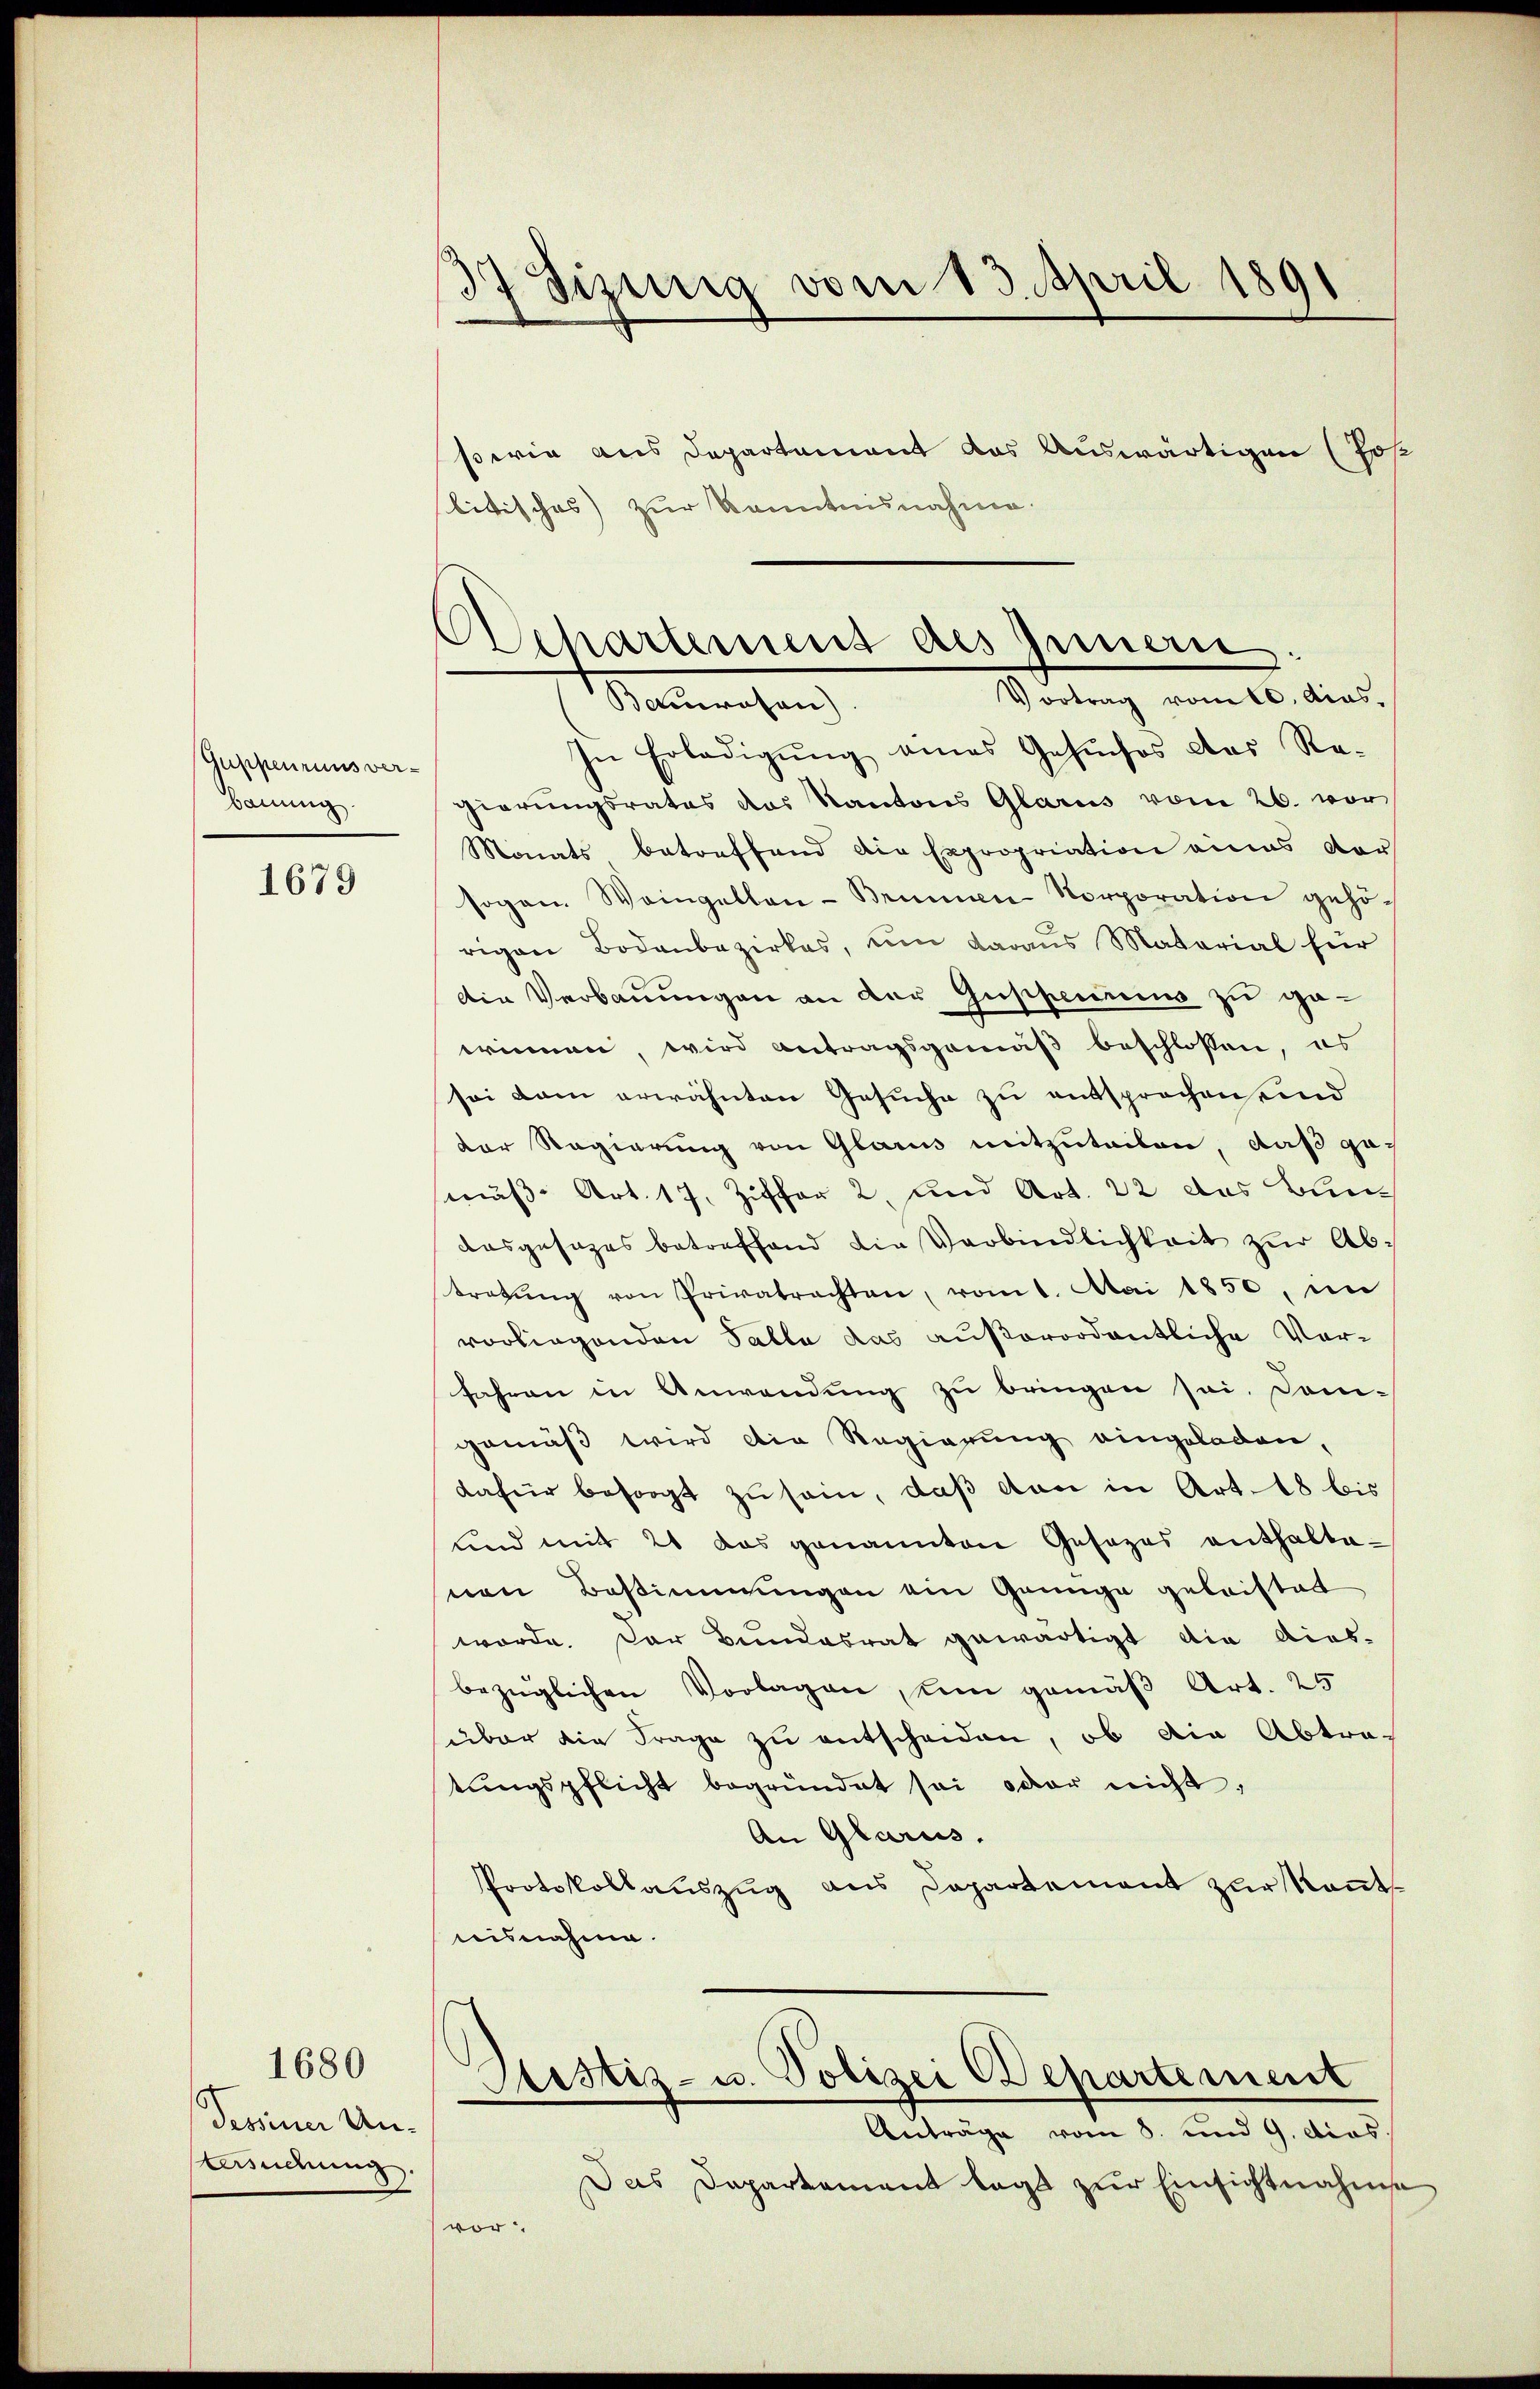
Guppenruns ver-
bauung.

1679

Tessiner Un-
Kündung.

1680

37 Jizurig vom 13. April 1891

serig aus Departement das Auswärtigen (Pos
litisches) zur Kenntnisnahme.

vor

Echartement des Innen
Vortrag vom 10. dies.
Benrosen)

In Erledigung eines Gesuches das Regierungsrates das Kantons Glarus vom 26. vor
Monats betreffend die Expropriation eines Vor
sogan. Weingelben - Brunnen Korporation gehö-
rigen Bodenbezirkes, um daraus Material für
Die Verbauungen an der Guppenums zu geerinnen, wird antragsgemäß beschlossen, es
sei dem erwähnten Gesuche zu entsprochen und
der Regierung von Glarus mitzuteilen, daß gemäß Art. 17. Ziffer 2. und Art. 22 das Bundasgesezes betreffend die Verbindlichkeit zŭr Abtretŭng von Privatrechten, vom 1. Mai 1850, im
vorliegenden Talla das außerordentliche Vorfahren in Anwendung zu bringen sei. Dom-
gemäß wird die Regierung eingeladen,
dafür besorgt zŭ sei, daβ von in Art. 18 bis
und mit 20 das genannten Gesezes enthaltenen Bestimmungen ein Grünge geleistet
werde. Der Bundesrat gewärtigt die diesbezüglichen Vorlagen, um gemäß Art. 25
über die Frage zu entscheiden, ob die Abtra-
tŭngspflicht begründet sei oder nicht,
An Glarus.
PProtokollauszug aus Departement zur Kenntnisnahme.

Sistiz- u. Polizei Departement
Anträge vom 8. und 9. dcos.

Das Departement lage zŭr Einsichtnahme